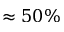
\approx 5 0 \%